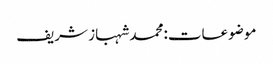
موضوعات:محمد شہباز شریف